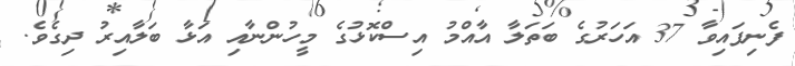
ފެނިފައިވާ 37 އަހަރުގެ ބަތަލާ އާއްމު އިސްކޮޅުގެ މީހުންނާއި އަޅާ ބަލާއިރު ދިގެވެ.